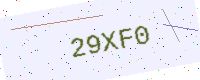
Text: 29XF0